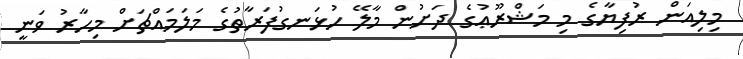
މިލިއަން ރުފިޔާގެ މި މަޝްރޫޢުގެ ދަށުން މާލޭ ހުޅަނގުފަރާތުގެ މަލަމައްޗަށް މިހާރު ވަނީ